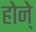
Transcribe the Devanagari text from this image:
होने्